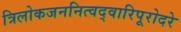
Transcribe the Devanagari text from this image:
त्रिलोकजननित्वद्वारिपूरोदरे